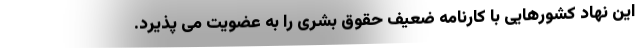
این نهاد کشورهایی با کارنامه ضعیف حقوق بشری را به عضویت می پذیرد.